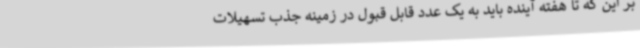
بر این که تا هفته آینده باید به یک عدد قابل قبول در زمینه جذب تسهیلات